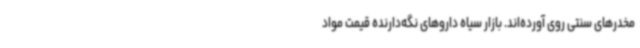
مخدرهای سنتی روی آورده‌اند. بازار سیاه داروهای نگه‌دارنده قیمت مواد